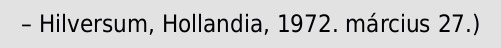
– Hilversum, Hollandia, 1972. március 27.)